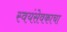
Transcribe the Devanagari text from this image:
स्वयंसेवकाचा